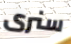
سنرى